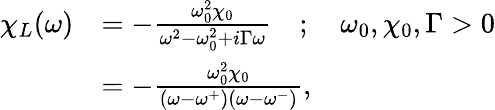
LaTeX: \begin{array}{rl}{\chi_{L}(\omega)}&{=-\frac{\omega_{0}^{2}\chi_{0}}{\omega^{2}-\omega_{0}^{2}+i\Gamma\omega}\quad;\quad\omega_{0},\chi_{0},\Gamma>0}\\ &{=-\frac{\omega_{0}^{2}\chi_{0}}{(\omega-\omega^{+})(\omega-\omega^{-})},}\end{array}